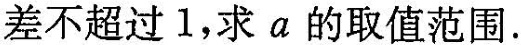
差不超过1，求a的取值范围.